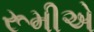
રૂમીએ